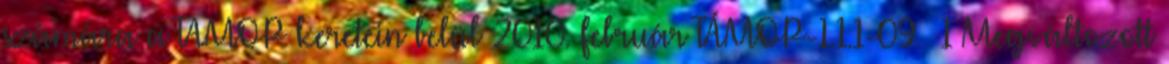
számára a TAMOP keretein belül 2010. február TÁMOP-1.1.1-09 1 Megváltozott